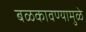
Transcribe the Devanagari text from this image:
बळकावण्यामुळे